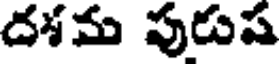
దశమ పురుష